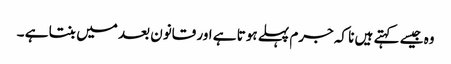
وہ جیسے کہتے ہیں نا کہ جرم پہلے ہوتا ہے اور قانون بعد میں بنتا ہے ۔